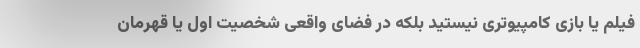
فیلم یا بازی کامپیوتری نیستید بلکه در فضای واقعی شخصیت اول یا قهرمان